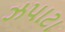
ઝપાટા